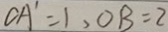
C A ^ { \prime } = 1 , O B = 2